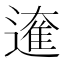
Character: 𮟁